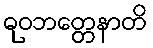
ဓုဝဘတ္တေနာတိ